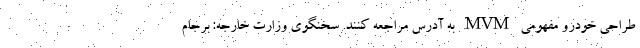
طراحی خودرو مفهومی MVM به آدرس مراجعه کنند. سخنگوی وزارت خارجه: برجام